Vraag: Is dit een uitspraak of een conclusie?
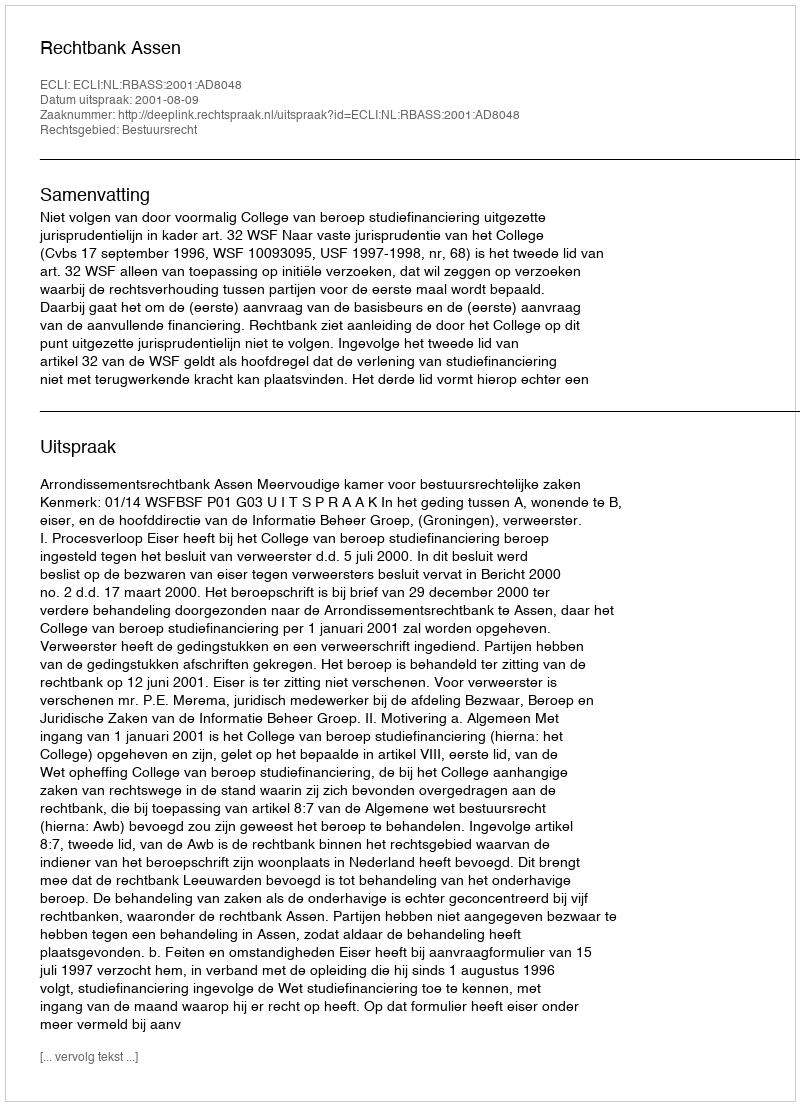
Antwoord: Uitspraak